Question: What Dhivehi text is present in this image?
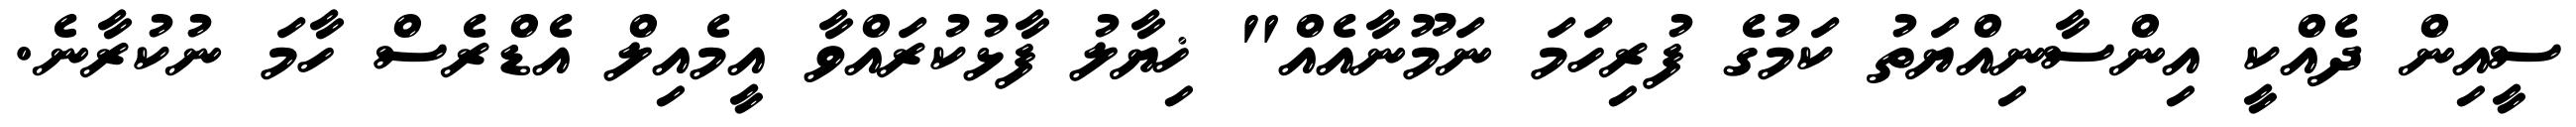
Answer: ސީއިން ދެއްކީ އިންސާނިއްޔަތު ކަމުގެ ފުރިހަމަ ނަމޫނާއެއް" ޚިޔާލު ފާޅުކުރައްވާ އީމެއިލް އެޑްރެސް ހާމަ ނުކުރާނެ.